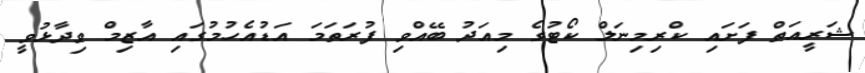
ޝަރީއަތް ފަށައި ކްރިމިނަލް ކޯޓުގެ މިއަދު ބޭއްވި ފުރަތަމަ އަޑުއެހުމުގައި އާޒިމް ވިދާޅުވީ